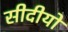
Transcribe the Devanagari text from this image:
सीदीयो